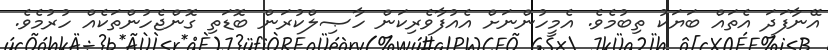
އޭނާފަދަ އެތައް ބަޔަކު ތިބުމެވެ. އެމީހުންނަށް އެއުފާވެރިކަން ހާޞިލްކުރަން ބޮޑަތި ގޮންޖެހުންތަކެއް ހުރުމެވެ.